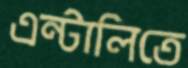
এন্টালিতে